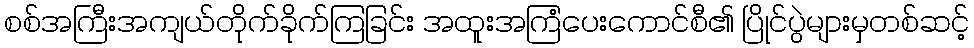
စစ်အကြီးအကျယ်တိုက်ခိုက်ကြခြင်း အထူးအကြံပေးကောင်စီ၏ ပြိုင်ပွဲများမှတစ်ဆင့်